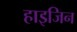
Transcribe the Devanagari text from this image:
हाइजिन